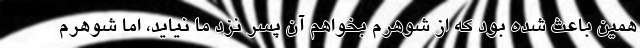
همین باعث شده بود که از شوهرم بخواهم آن پسر نزد ما نیاید، اما شوهرم